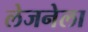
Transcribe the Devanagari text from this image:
लेजनेला